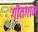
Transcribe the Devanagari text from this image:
गीतगान